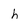
Character: h